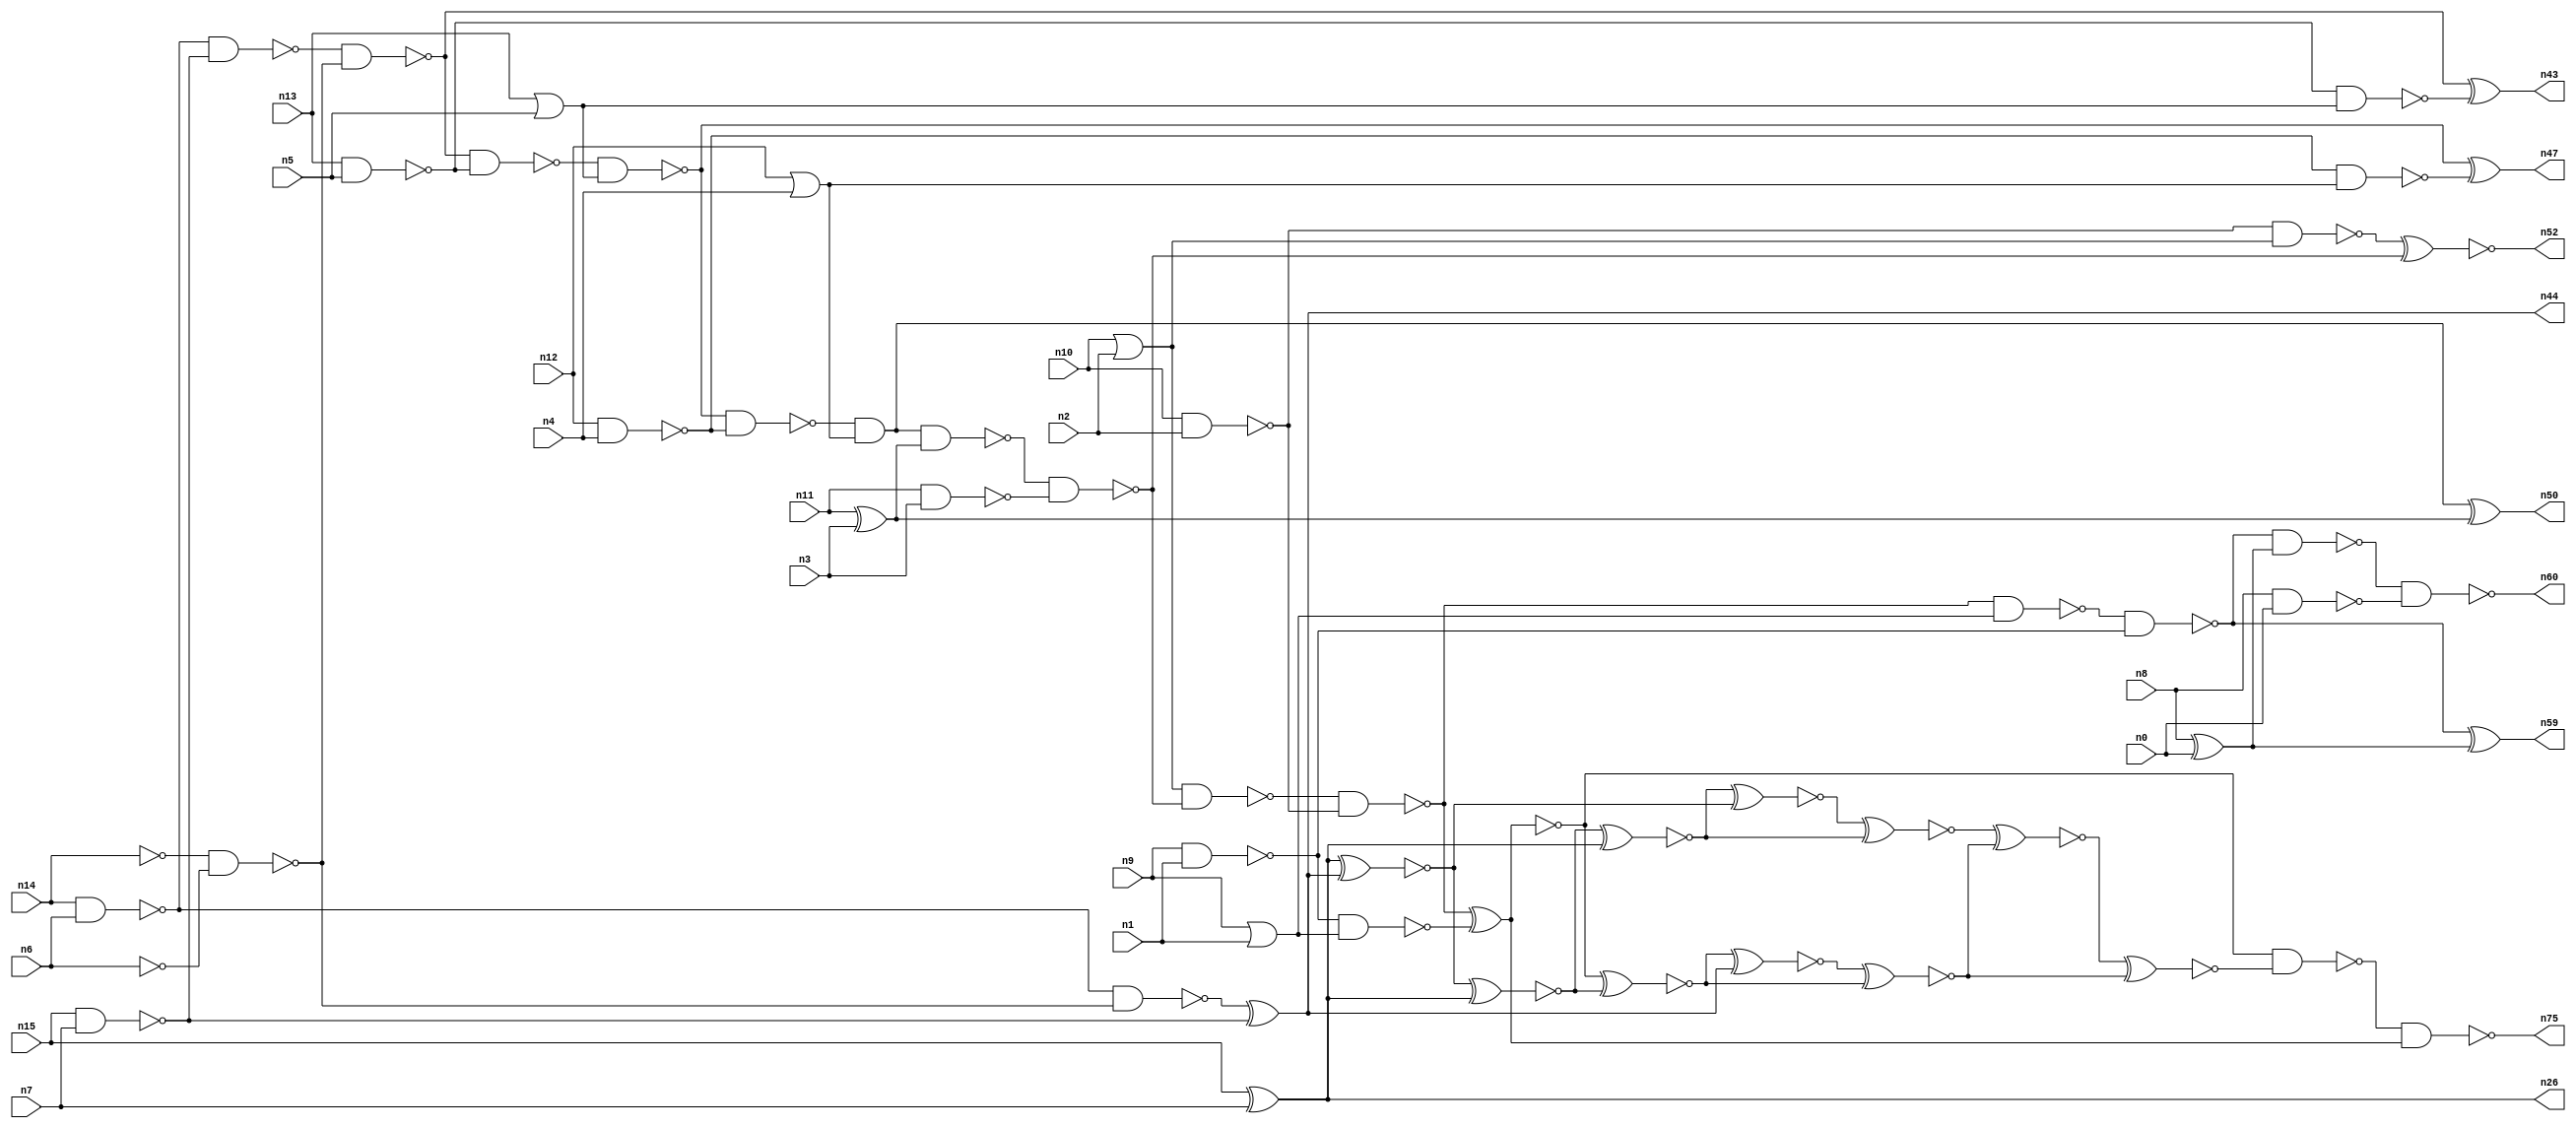
// This program was cloned from: https://github.com/umar-afzaal/ReCkt
// License: MIT License

// This file contains a pareto-optimal circuit with respect to area and the fault-resilince parameter p_fault which is defined as:
// "For all input vectors, the ratio of the no. of faults observable at the POs to the no. of total possible faults in the circuit".
// This code is part of the ReCkt library (https://github.com/umar-afzaal/ReCkt) distributed under The MIT License.
// When used, please cite the following article(s):
// U. Afzaal, A.S. Hassan, M. Usman and J.A. Lee, "On the Evolutionary Synthesis of Increased Fault-resilience Arithmetic Circuits".

// p_fault = 78.7 %    (Lower is better)
// gates = 58.0
// levels = 19
// area = 74.25    (For MCNC library relative to nand2)
// power = 430.4 uW    (Berkely-SIS for MCNC library @ Vdd=5V and 20 MHz clock)
// delay = 26.5 ns    (Berkely-ABC for MCNC library)
// PDP = 1.14056e-11 J

// Pin mapping:
// {n0, n1, n2, n3, n4, n5, n6, n7} = A[7:0]
// {n8, n9, n10, n11, n12, n13, n14, n15} = B[7:0]
// {n60, n59, n75, n52, n50, n47, n43, n44, n26} = O[8:0]

module addr8u_area_71 (
n0, n1, n2, n3, n4, n5, n6, n7, n8, n9, n10, n11, n12, n13, n14, n15, 
n60, n59, n75, n52, n50, n47, n43, n44, n26
);

input n0, n1, n2, n3, n4, n5, n6, n7, n8, n9, n10, n11, n12, n13, n14, n15;
output n60, n59, n75, n52, n50, n47, n43, n44, n26;
wire n30, n24, n61, n46, n63, n69, n18, n49, n74, n17, n65, n42, n51, n45, n36, n20, n37, n56, n23, n16, 
n53, n40, n48, n62, n66, n21, n25, n41, n54, n67, n27, n33, n28, n58, n22, n38, n39, n57, n73, n31, 
n70, n19, n34, n32, n29, n64, n72, n35, n55;

nand (n16, n13, n5);
not (n17, n14);
or (n18, n12, n4);
nand (n19, n10, n2);
nand (n20, n15, n7);
or (n21, n10, n2);
not (n22, n6);
xor (n23, n8, n0);
or (n24, n13, n5);
nand (n25, n14, n6);
xor (n26, n15, n7);
nand (n27, n12, n4);
xor (n28, n11, n3);
nor (n29, n9, n1);
nand (n30, n8, n0);
nand (n31, n9, n1);
nand (n32, n11, n3);
nand (n33, n27, n18);
not (n34, n29);
nand (n35, n16, n24);
nand (n36, n25, n20);
nand (n37, n17, n22);
nand (n38, n19, n21);
nand (n39, n36, n37);
nand (n40, n25, n37);
nand (n41, n31, n34);
nand (n42, n39, n16);
xor (n43, n39, n35);
xor (n44, n40, n20);
nand (n45, n42, n24);
nand (n46, n45, n27);
xor (n47, n45, n33);
and (n48, n46, n18);
nand (n49, n48, n28);
xor (n50, n48, n28);
nand (n51, n49, n32);
xnor (n52, n38, n51);
nand (n53, n21, n51);
nand (n54, n53, n19);
xnor (n55, n54, n41);
nand (n56, n54, n34);
nand (n57, n56, n31);
nand (n58, n57, n23);
xor (n59, n57, n23);
nand (n60, n58, n30);
xnor (n61, n26, n44);
xnor (n62, n61, n26);
xnor (n63, n55, n62);
xnor (n64, n62, n26);
xnor (n65, n64, n61);
xnor (n66, n65, n64);
xnor (n67, n63, n44);
nand (n69, n55, n55);
xnor (n70, n67, n63);
xnor (n72, n66, n70);
xnor (n73, n72, n70);
nand (n74, n55, n73);
nand (n75, n74, n69);

endmodule